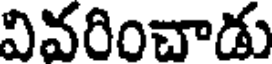
వివరించాడు